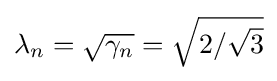
{\textstyle \lambda _{n}={\sqrt {\gamma _{n}}}={\sqrt {2/{\sqrt {3}}}}}